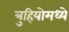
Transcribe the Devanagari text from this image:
त्रुहियोमध्ये